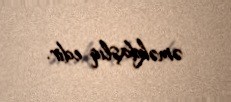
əməkdaşlıq edir.